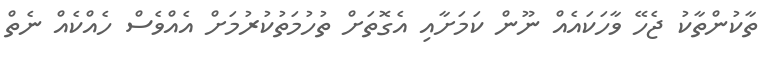
ތާކުންތާކު ޖެހޭ ވާހަކައެއް ނޫން ކަމަށާއި އެގޮތަށް ތުހުމަތުކުރުމަށް އެއްވެސް ހެއްކެއް ނެތް